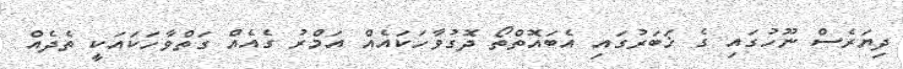
ދިޔަރެސް ނޫހުގައި ގެ ޚަބަރުގައި އެބައޮތްތޯ ދޮގުވާހަކައެއް އަމްރު ގެއެއް ގަތްވާހަކައަކީ ތެދެއް